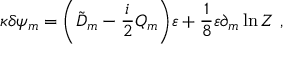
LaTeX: \kappa \delta \psi _ { m } = \biggl ( \tilde { D } _ { m } - { \frac { i } { 2 } } Q _ { m } \biggr ) \varepsilon + \frac { 1 } { 8 } \varepsilon \partial _ { m } \ln Z \ ,